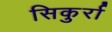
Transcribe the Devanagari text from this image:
सिकुर्रा